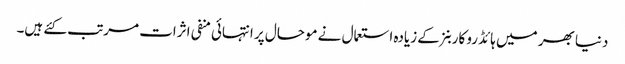
دنیا بھر میں ہائڈرو کاربنز کے زیادہ استعمال نے موحال پر انتہائی منفی اثرات مرتب کئے ہیں۔